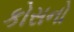
કોસનો